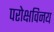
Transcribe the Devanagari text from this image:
परोक्षविनय